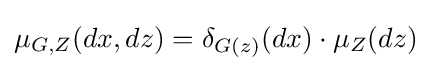
\mu _{G,Z}(dx,dz)=\delta _{G(z)}(dx)\cdot \mu _{Z}(dz)